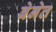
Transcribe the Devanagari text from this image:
बेनेत